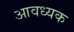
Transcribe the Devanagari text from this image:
आवध्यक